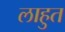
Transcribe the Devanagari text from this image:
लाहुत